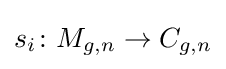
s_{i}\colon M_{g,n}\to C_{g,n}